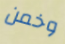
وخمن